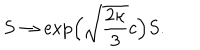
S \to \exp \! \Big ( \sqrt { \frac { 2 \kappa } { 3 } } c \Big ) S .